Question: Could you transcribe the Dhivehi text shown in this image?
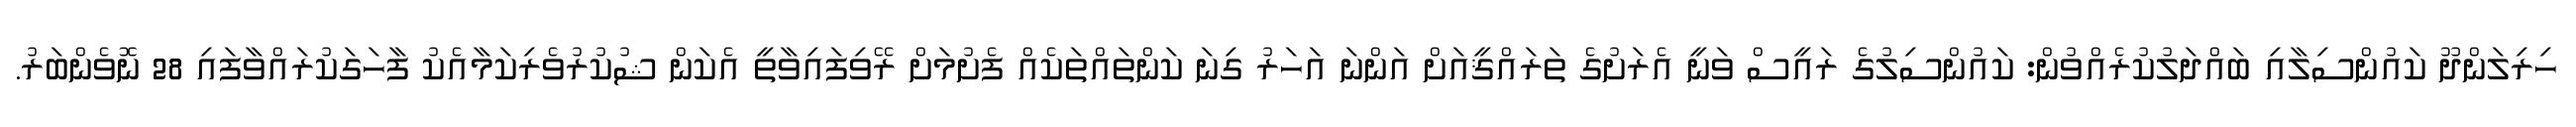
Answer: ހިރިލަންދޫ ކައުންސިލާއި ބައްދަލުކުރެއްވުން: ކައުންސިލުގެ ރައީސް ވަނީ އެރަށުގެ ތަރައްޤީއަށް އަންނަ އަހަރު ގިނަ ކަންތައްތަކެއް ފެށުމަށް ރޭވިފައިވާތީ އެކަން ޝުކުރުވެރިކަމާއެކު ފާހަގަކުރައްވާފައި 28 ނޮވެންބަރު.